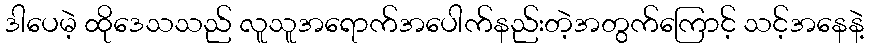
ဒါပေမဲ့ ထိုဒေသသည် လူသူအရောက်အပေါက်နည်းတဲ့အတွက်ကြောင့် သင့်အနေနဲ့